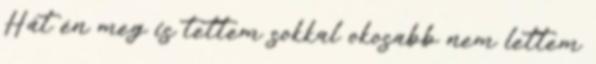
Hát én meg is tettem sokkal okosabb nem lettem